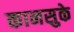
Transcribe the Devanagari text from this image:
कानसुके